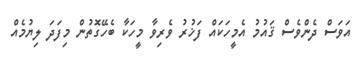
އަވަސް ދެންވެސް ޤައުމު އެމީހަކައް ފަޚުރު ވެރިވާ މީހަކާ ބެހޭގޮތުން މިފަދަ ލިޔުމެއް